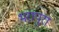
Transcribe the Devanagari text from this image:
भरापुरा